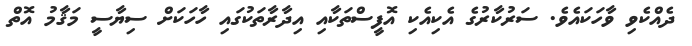
ދެއްކެވި ވާހަކައެވެ. ސަރުކާރުގެ އެކިއެކި އޮފީސްތަކާއި އިދާރާތަކުގައި ހާހަކަށް ސިޔާސީ މަޤާމު އޮތް